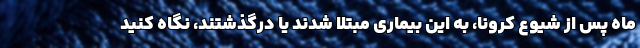
ماه پس از شیوع کرونا، به این بیماری مبتلا شدند یا درگذشتند، نگاه کنید